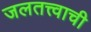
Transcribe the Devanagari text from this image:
जलतत्त्वाची